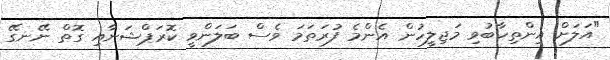
"އަލަށް އިންތިހާބުވި މަޖިލީހުން އެންމެ ފުރަތަމަ ވެސް ބަލަންވީ ކޮރަޕްޝަނާއި ގޮތް ނޭނގޭ